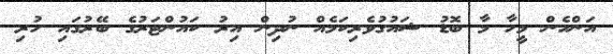
އަންހެން މީހާ މާ ބޮޑު ޝައުގުވެރިކަމެއް ނުދިން އިރު ކައުންޓަރުގެ ބޭރުގައި ހުރި